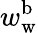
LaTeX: w_{\mathrm{w}}^{\mathrm{b}}